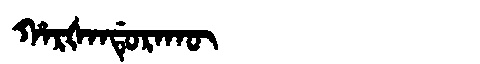
Manchu: ᡥᠠᡵᡧᠠᠨᡩᡠᡵᠠᡴᡡ
Romanization: HARŠANDURAKŪ